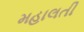
મહાલતી